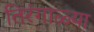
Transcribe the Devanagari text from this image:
तिरंगाळ्या